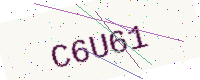
Text: C6U61